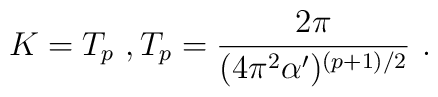
K=T_p \ , T_p=\frac{2\pi}{(4\pi^2\alpha')^{(p+1)/2}} \ .